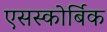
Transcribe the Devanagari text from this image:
एसस्कोर्बिक